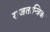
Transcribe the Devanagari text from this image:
राजतान्त्रिक